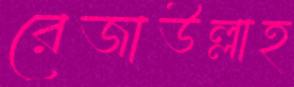
রেজাউল্লাহ